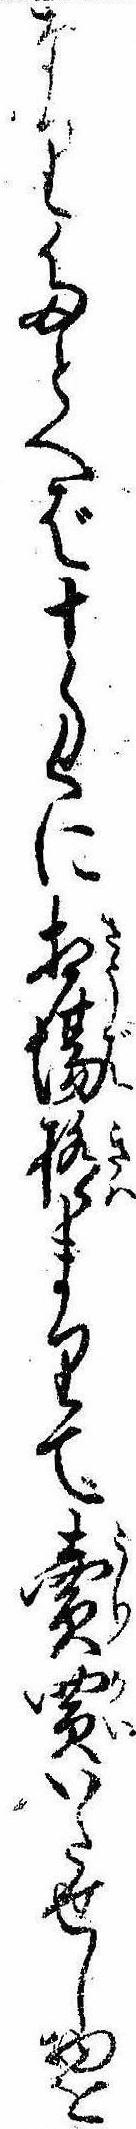
なりたとへば十匁に相場極まりて売買いたせし物を